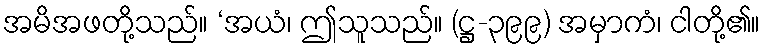
အမိအဖတို့သည်။ ‘အယံ၊ ဤသူသည်။ (ဋ္ဌ-၃၉၉) အမှာကံ၊ ငါတို့၏။